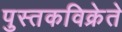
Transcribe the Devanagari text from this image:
पुस्तकविक्रेते